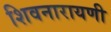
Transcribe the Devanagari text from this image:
शिवनारायणी